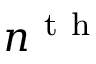
\smash { n ^ { \mathrm { ~ t ~ h ~ } } }